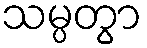
သမ္ပတွာ